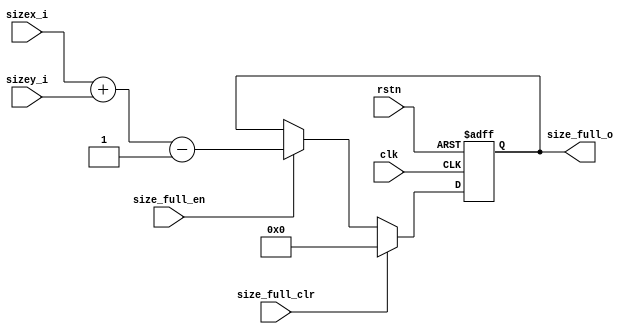
/******************************************************************
*Module name : sz_full_reg
*Type        : Verilog Module
*
*Description : Computes the full size convolution length
*------------------------------------------------------------------
*	clocks    : posedge clock "clk"
*	reset		 : sync rstn, async reg_clr
* 
*Parameters  : none
*
******************************************************************/
module sz_full_reg(
	input clk,
	input rstn,
	input [4:0] sizex_i,
	input [4:0] sizey_i,
	input size_full_en,
	input size_full_clr,
	
	output reg [5:0] size_full_o);
	
wire [5:0] aux;

assign aux = (sizex_i + sizey_i);
	
always@(posedge clk or negedge rstn) 
begin
		if(!rstn)
			size_full_o <= 6'b000000;
		else if(size_full_clr)
			size_full_o <= 6'b000000;
		else if(size_full_en)
			size_full_o <= aux - 6'b000001;
end
endmodule